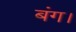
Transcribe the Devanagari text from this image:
बंग।